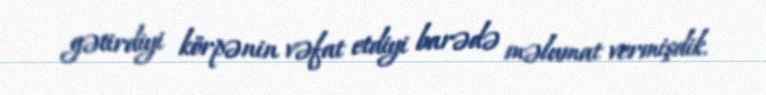
gətirdiyi körpənin vəfat etdiyi barədə məlumat vermişdik.